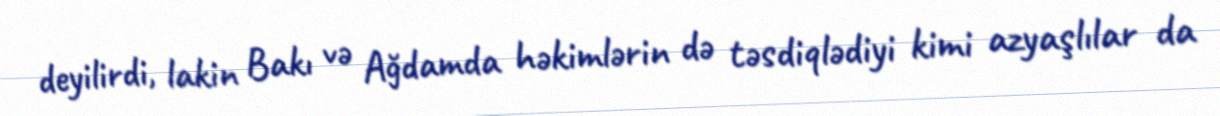
deyilirdi, lakin Bakı və Ağdamda həkimlərin də təsdiqlədiyi kimi azyaşlılar da